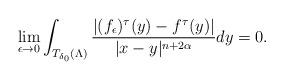
LaTeX: \begin{align*}\lim\limits_{\epsilon\to0}\int_{T_{\delta_0}(\Lambda)}\frac{|(f_{\epsilon})^{\tau}(y)-f^{\tau}(y)|}{|x-y|^{n+2\alpha}}dy= 0.\end{align*}